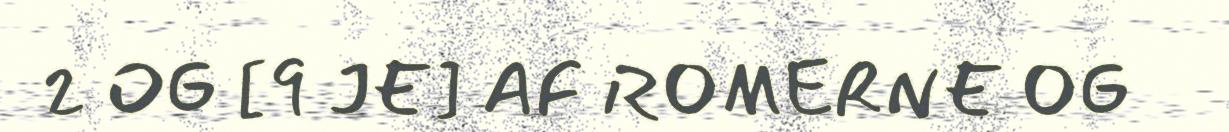
2 OG [9 JE] AF ROMERNE OG